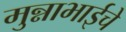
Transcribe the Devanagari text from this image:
मुन्नाभाईचे